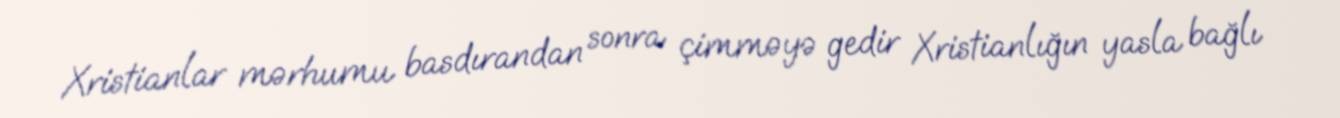
Xristianlar mərhumu basdırandan sonra çimməyə gedir Xristianlığın yasla bağlı